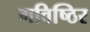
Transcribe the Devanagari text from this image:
गविष्ठिर